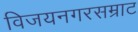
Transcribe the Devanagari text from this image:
विजयनगरसम्राट